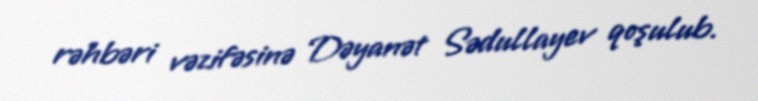
rəhbəri vəzifəsinə Dəyanət Sədullayev qoşulub.